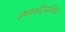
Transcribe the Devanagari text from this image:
उष्णकटिबन्धिय